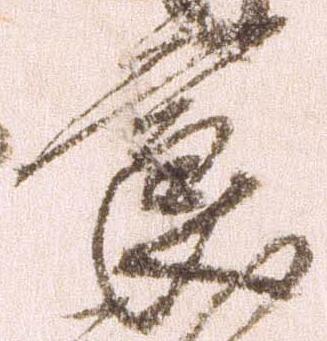
節